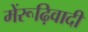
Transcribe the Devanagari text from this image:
मेंरूढ़िवादी